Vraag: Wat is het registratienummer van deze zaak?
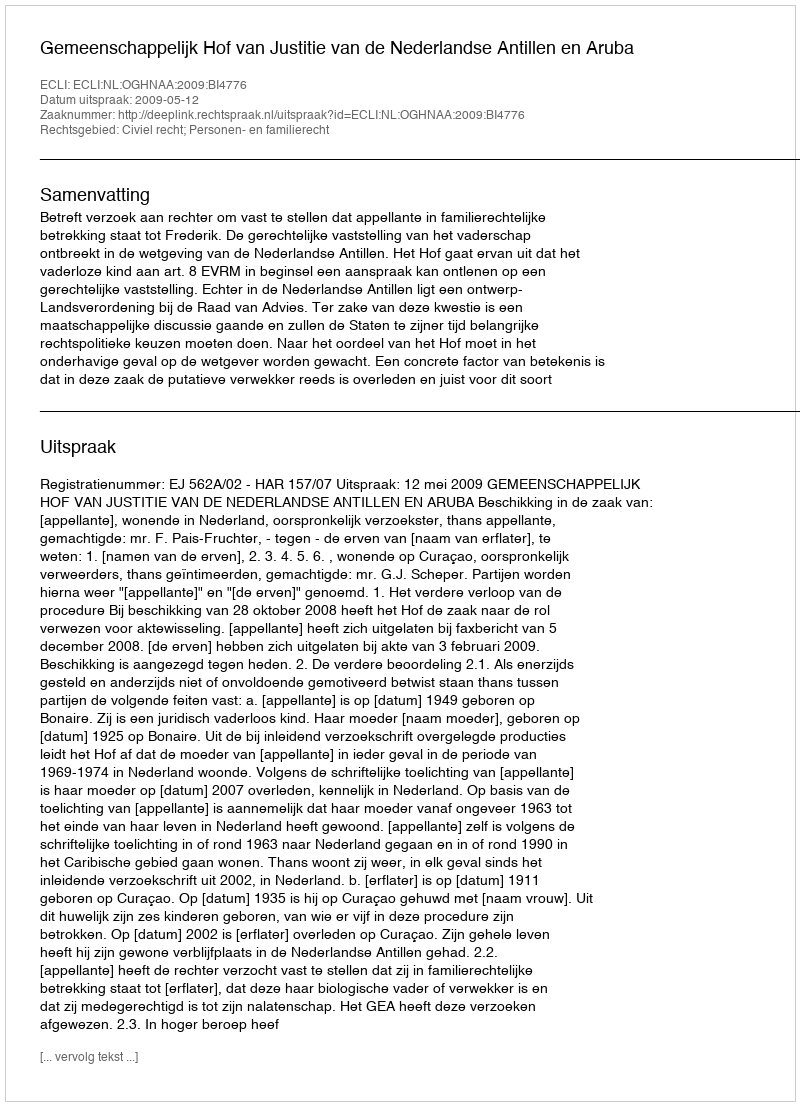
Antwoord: http://deeplink.rechtspraak.nl/uitspraak?id=ECLI:NL:OGHNAA:2009:BI4776